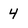
Character: 4